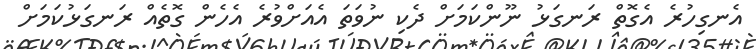
އެނގިހުރެ އެގޮތް ރަނގަޅު ނޫންކަމަށް ދެކި ނުވަތަ އެއަށްވުރެ އެހެން ގޮތެއް ރަނގަޅުކަމަށް